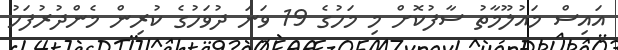
އައިސް މައުލޫމާތު ސާފުކޮށް މި މަހުގެ 19 ވަނަ ދުވަހުގެ ކުރިން މެންދުރުފަހު